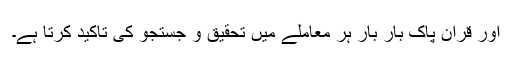
اور قرآن پاک بار بار ہر معاملے میں تحقیق و جستجو کی تاکید کرتا ہے۔